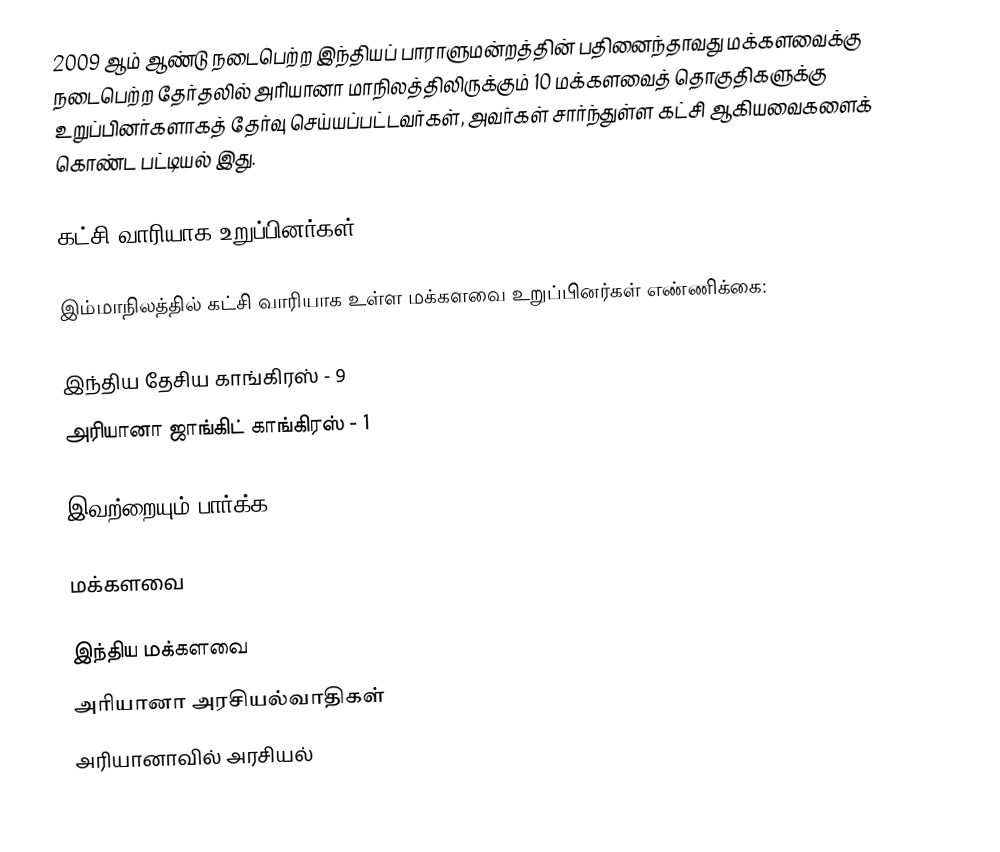
2009 ஆம் ஆண்டு நடைபெற்ற இந்தியப் பாராளுமன்றத்தின் பதினைந்தாவது மக்களவைக்கு நடைபெற்ற தேர்தலில் அரியானா மாநிலத்திலிருக்கும் 10 மக்களவைத் தொகுதிகளுக்கு உறுப்பினர்களாகத் தேர்வு செய்யப்பட்டவர்கள், அவர்கள் சார்ந்துள்ள கட்சி ஆகியவைகளைக் கொண்ட பட்டியல் இது.

கட்சி வாரியாக உறுப்பினர்கள்

இம்மாநிலத்தில் கட்சி வாரியாக உள்ள மக்களவை உறுப்பினர்கள் எண்ணிக்கை:

இந்திய தேசிய காங்கிரஸ் - 9
அரியானா ஜாங்கிட் காங்கிரஸ் - 1

இவற்றையும் பார்க்க

 மக்களவை

இந்திய மக்களவை
அரியானா அரசியல்வாதிகள்
அரியானாவில் அரசியல்